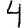
Digit: 4